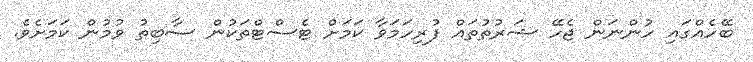
ބޭހެއްގައި ހުންނަން ޖެހޭ ޝަރުތުތައް ފުރިހަމަވާ ކަމަށް ޓެސްޓްތަކުން ސާބިތު ވުމުން ކަމަށެވެ.